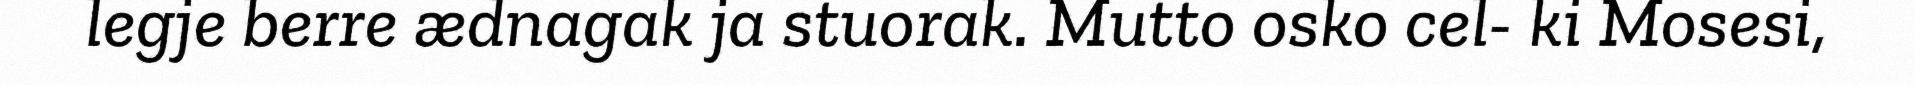
legje berre ædnagak ja stuorak. Mutto osko cel- ki Mosesi,